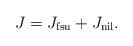
LaTeX: \begin{align*}J=J_{\mathrm{fsu}}+J_{\mathrm{nil}}.\end{align*}